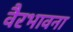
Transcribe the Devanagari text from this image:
वैरभावना